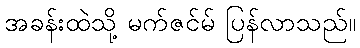
အခန်းထဲသို့ မက်ဇင်မ် ပြန်လာသည်။